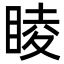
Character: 睖